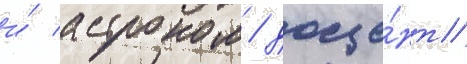
и́ астроном / доце́нт